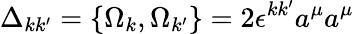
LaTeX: \Delta_{kk^{\prime}}=\{ \Omega_{k},\Omega_{k^{\prime}}\} =2\epsilon^{kk^{\prime}}a^{\mu}a^{\mu}